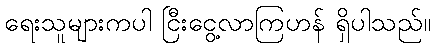
ရေးသူများကပါ ငြီးငွေ့လာကြဟန် ရှိပါသည်။